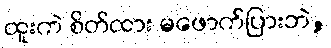
ထူးကဲ စိတ်ထား မဖောက်ပြားဘဲ,